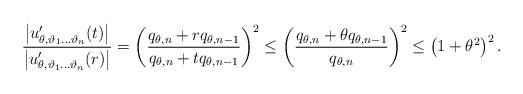
LaTeX: \begin{align*}\frac{\left| u'_{\theta,\vartheta_1 \ldots \vartheta_n}(t) \right|}{\left| u'_{\theta,\vartheta_1 \ldots \vartheta_n}(r) \right|} =\left(\frac{q_{\theta,n}+r q_{\theta,n-1}}{ q_{\theta,n}+t q_{\theta,n-1} }\right)^2 \leq\left(\frac{q_{\theta,n}+\theta q_{\theta,n-1}}{ q_{\theta,n}}\right)^2 \leq \left( 1+\theta^2 \right)^2.\end{align*}